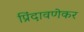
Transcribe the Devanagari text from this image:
प्रिंदावणेकर